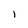
Character: l